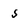
Character: 5